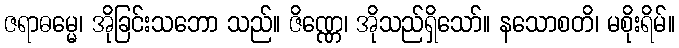
ဇရာဓမ္မေ၊ အိုခြင်းသဘော သည်။ ဇိဏ္ဏေ၊ အိုသည်ရှိသော်။ နသောစတိ၊ မစိုးရိမ်။